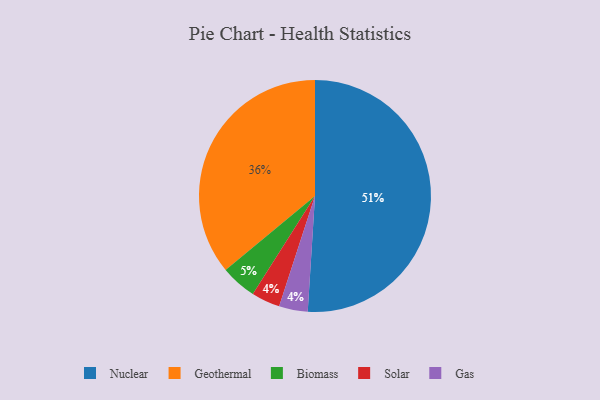
{"axis": {"x": "Category", "y": "Percentage"}, "legend": ["Biomass", "Gas", "Geothermal", "Nuclear", "Solar"], "data": [{"x": "Solar", "y": 4, "type": "Solar"}, {"x": "Biomass", "y": 5, "type": "Biomass"}, {"x": "Nuclear", "y": 51, "type": "Nuclear"}, {"x": "Geothermal", "y": 36, "type": "Geothermal"}, {"x": "Gas", "y": 4, "type": "Gas"}]}